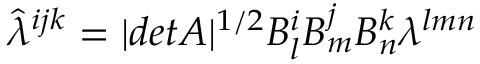
\hat { \lambda } ^ { i j k } = | d e t A | ^ { 1 / 2 } B _ { l } ^ { i } B _ { m } ^ { j } B _ { n } ^ { k } \lambda ^ { l m n }